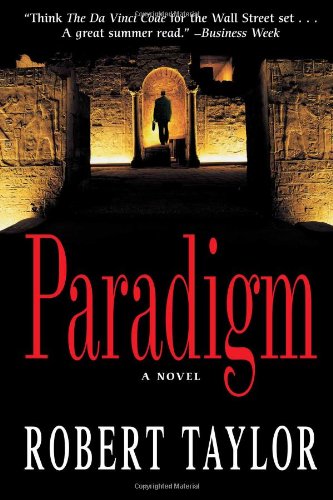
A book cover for Paradigm; Robert Taylor; Mystery, Thriller & Suspense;